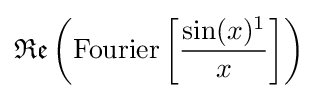
{\mathfrak {Re}}\left({\text{Fourier}}\left[{\frac {\sin(x)^{1}}{x}}\right]\right)